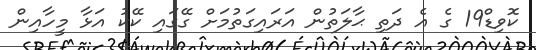
ކޮވިޑް19 ގެ އެ ދަތި ޙާލަތުން އަރައިގަތުމަށް ގޭގައި ކޭކު އަޅާ މީހާއިން